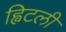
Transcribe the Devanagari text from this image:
ह्विटली